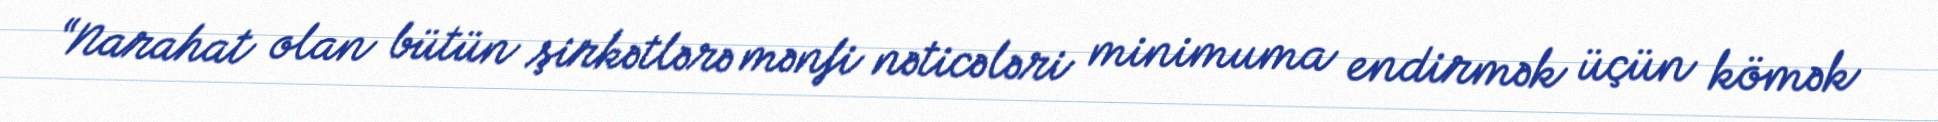
“Narahat olan bütün şirkətlərə mənfi nəticələri minimuma endirmək üçün kömək